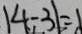
\vert 4 - 3 \vert = 1